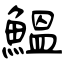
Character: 鰛